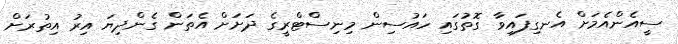
ސީއެންއެމަށް އެނގިފައިވާ ގޮތުގައި ހައުސިން މިނިސްޓްރީގެ ދަށަށް އެތަން ގެންދިޔަ އިރު އިތުރަށް